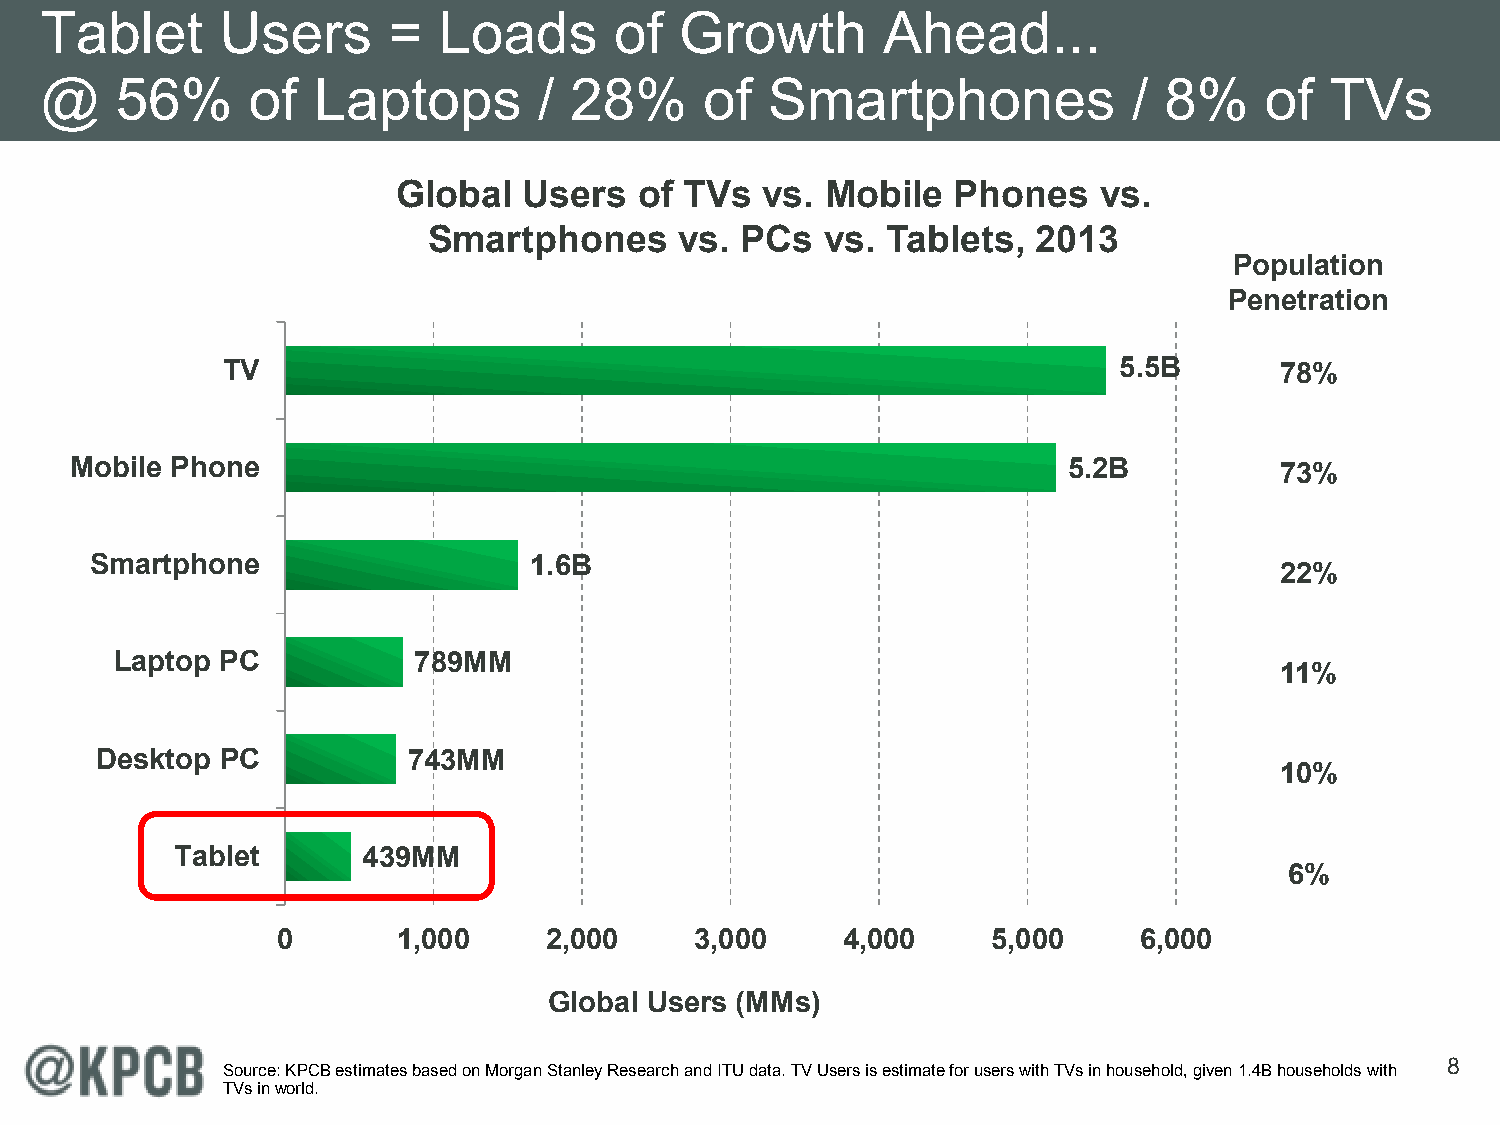
Tablet      Users      =  Loads       of  Growth       Ahead...
 @    56%     of   Laptops        / 28%      of  Smartphones             / 8%     of  TVs
 Global   Users  of TVs  vs.  Mobile  Phones    vs.
 Smartphones      vs. PCs   vs. Tablets,  2013
 Population
 Penetration
 TV                                                         5.5B       78%
 Mobile Phone                                                      5.2B          73%
 Smartphone                   1.6B
 22%
 Laptop PC          789MM
 11%
 Desktop  PC          743MM
 10%
 Tablet      439MM
 6%
 0       1,000     2,000     3,000     4,000     5,000    6,000
 Global Users (MMs)
 8
 Source: KPCB estimates based on Morgan Stanley Research and ITU data. TV Users is estimate for users with TVs in household, given 1.4B households with
 TVs in world.